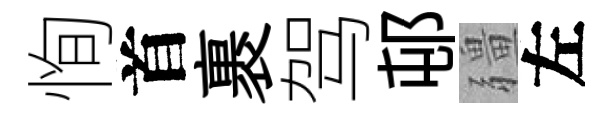
恂首裹驾邨疆左